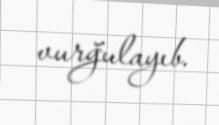
vurğulayıb.